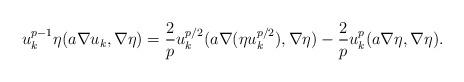
LaTeX: \begin{align*} u_k^{p-1}\eta (a\nabla u_k,\nabla \eta) = \frac{2}{p} u_k^{p/2} (a \nabla (\eta u_k^{p/2}),\nabla \eta )-\frac{2}{p}u_k^p (a\nabla \eta,\nabla \eta). \end{align*}